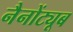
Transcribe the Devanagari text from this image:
नैनोंट्यूब